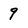
Character: 9